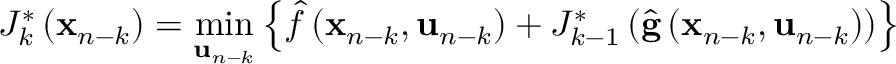
J _ { k } ^ { \ast } \left( \mathbf { x } _ { n - k } \right) = \operatorname* { m i n } _ { \mathbf { u } _ { n - k } } \left\{ { \hat { f } } \left( \mathbf { x } _ { n - k } , \mathbf { u } _ { n - k } \right) + J _ { k - 1 } ^ { \ast } \left( { \hat { \mathbf { g } } } \left( \mathbf { x } _ { n - k } , \mathbf { u } _ { n - k } \right) \right) \right\}